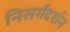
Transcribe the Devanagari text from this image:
निसर्गदर्शन